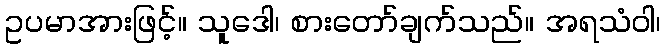
ဥပမာအားဖြင့်။ သူဒေါ၊ စားတော်ချက်သည်။ အရသံဝါ၊